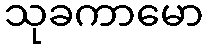
သုခကာမော